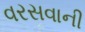
વરસવાની